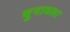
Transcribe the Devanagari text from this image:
चुनावला